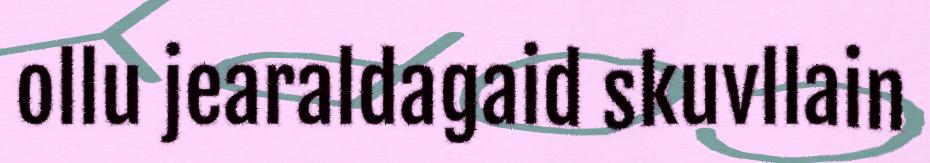
ollu jearaldagaid skuvllain